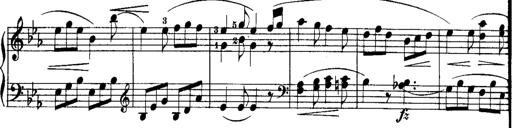
Title: Rondos and Sonatinas for Pianoforte
Composer: Daniel Steibelt